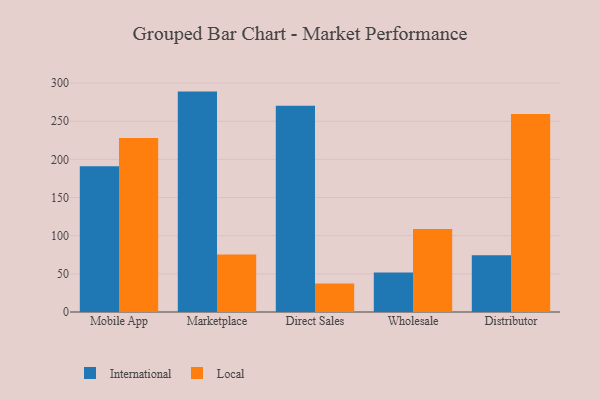
{"axis": {"x": "Channel", "y": "Net Income (USD K)"}, "legend": ["International", "Local"], "data": [{"x": "Mobile App", "y": 191.1, "type": "International"}, {"x": "Mobile App", "y": 228.0, "type": "Local"}, {"x": "Marketplace", "y": 288.8, "type": "International"}, {"x": "Marketplace", "y": 75.2, "type": "Local"}, {"x": "Direct Sales", "y": 270.2, "type": "International"}, {"x": "Direct Sales", "y": 37.2, "type": "Local"}, {"x": "Wholesale", "y": 51.9, "type": "International"}, {"x": "Wholesale", "y": 108.6, "type": "Local"}, {"x": "Distributor", "y": 74.5, "type": "International"}, {"x": "Distributor", "y": 259.3, "type": "Local"}]}